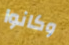
وكانوا